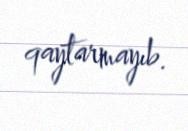
qaytarmayıb.